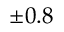
\pm 0 . 8